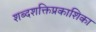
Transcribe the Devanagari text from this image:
शब्दशक्तिप्रकाशिका